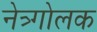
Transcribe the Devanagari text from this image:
नेत्र्गोलक